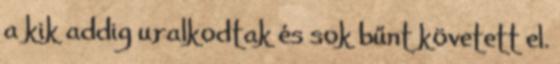
a kik addig uralkodtak és sok bűnt követett el.